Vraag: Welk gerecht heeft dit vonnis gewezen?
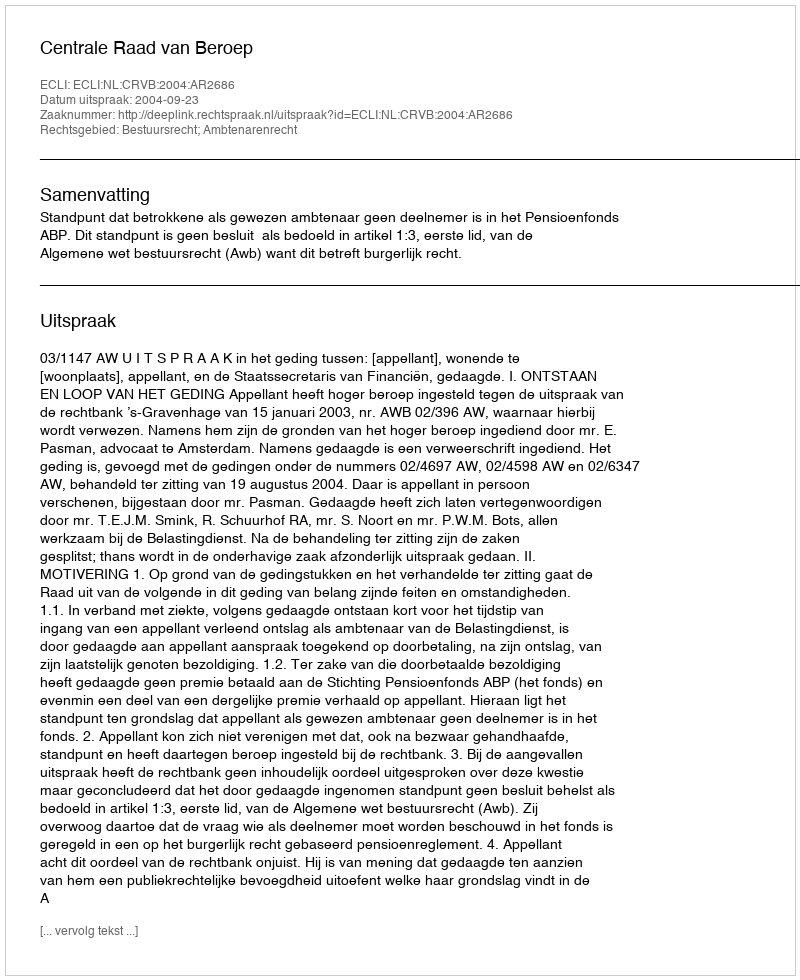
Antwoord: Centrale Raad van Beroep